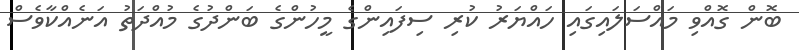
ބޮން ގޮއްވި މައްސަލައިގައި ހައްޔަރު ކުރި ސިފައިންގެ މީހުންގެ ބަންދުގެ މުއްދަތު އަނެއްކާވެސް